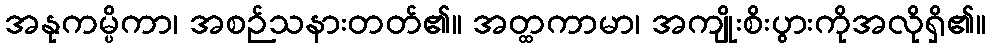
အနုကမ္ပိကာ၊ အစဉ်သနားတတ်၏။ အတ္ထကာမာ၊ အကျိုးစိးပွားကိုအလိုရှိ၏။